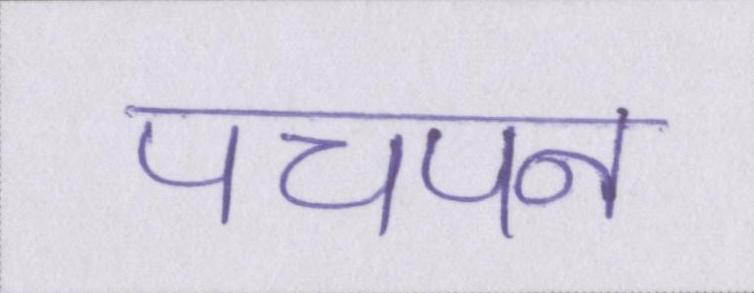
पचपन